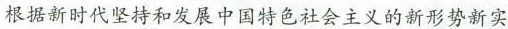
根据新时代坚持和发展中国特色社会主义的新形势新实